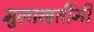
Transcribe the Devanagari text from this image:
मुलाखतींनी